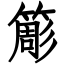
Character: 簓